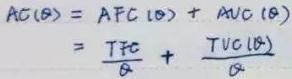
\[
\begin{align*}
AC(\theta)&=AFC(\theta)+AVC(\theta)\\
&=\frac{TFC}{Q}+\frac{TVC(\theta)}{Q}
\end{align*}
\]